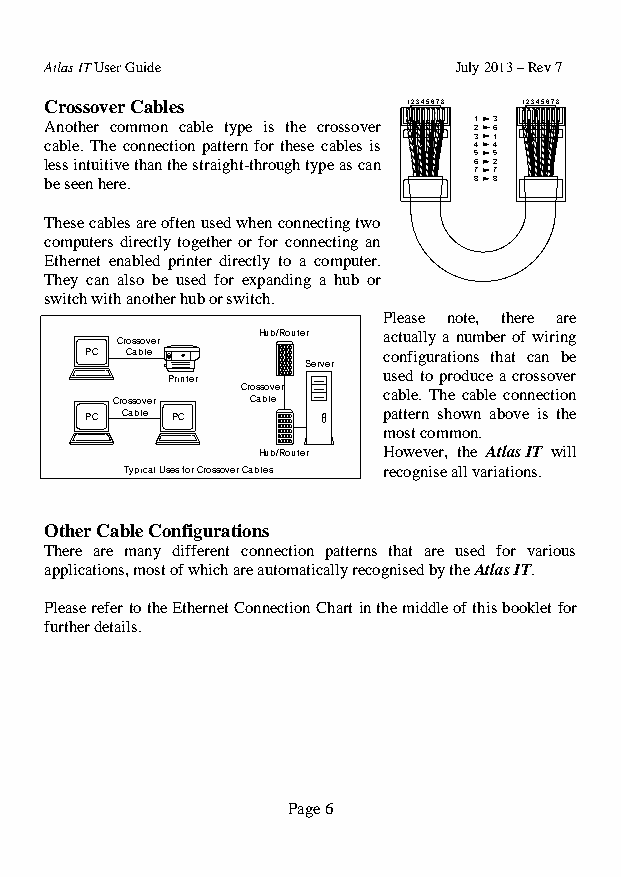
Atlas IT User Guide        July 2013 – Rev 7
 Crossover Cables
 Another common cable type is the crossover
 cable. The connection pattern for these cables is
 less intuitive than the straight-through type as can
 be seen here.
 These cables are often used when connecting two
 computers directly together or for connecting an
 Ethernet enabled printer directly to a computer.
 They can also be used for expanding a hub or
 switch with another hub or switch.
 Please note, there are
 actually a number of wiring
 configurations that can be
 used to produce a crossover
 cable. The cable connection
 pattern shown above is the
 most common.
 However, the Atlas IT will
 recognise all variations.
 Other Cable Configurations
 There are many different connection patterns that are used for various
 applications, most of which are automatically recognised by the Atlas IT.
 Please refer to the Ethernet Connection Chart in the middle of this booklet for
 further details.
 Page 6
 P
 P
 C
 C
 C rossoverC
 able
 C rossoverC
 able
 T ypical U
 P rinter
 P C
 ses for C
 H ub/R outer
 S erver
 C rossoverC
 able
 H ub/R outer
 rossover C ables
 12345678
 12345678 36145278
 12345678